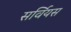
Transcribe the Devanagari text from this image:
सर्वियस